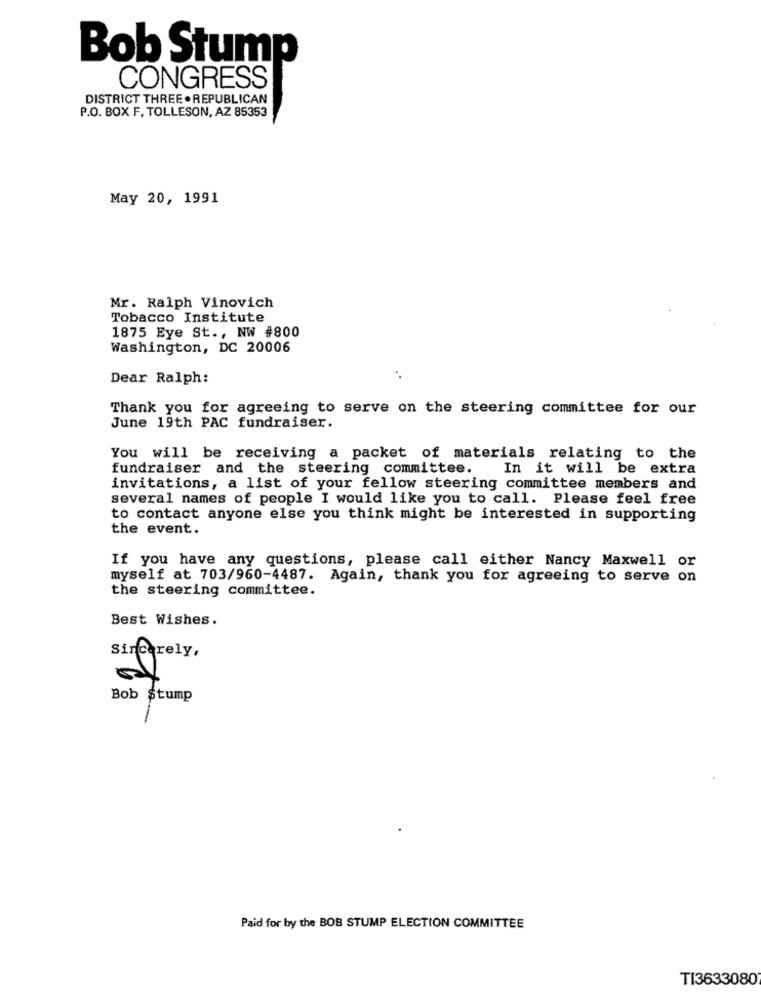
Bob Stump
CONGRESS
DISTRICT THREE . REPUBLICAN
P.O. BOX F. TOLLESON, AZ 85353
May 20, 1991
Mr. Ralph Vinovich
Tobacco Institute
1875 Eye St ., NW #800
Washington, DC 20006
Dear Ralph:
Thank you for agreeing to serve on the steering committee for our
June 19th PAC fundraiser.
You will be receiving a packet of materials relating to the
fundraiser and the steering committee.
In it will be extra
invitations, a list of your fellow steering committee members and
several names of people I would like you to call. Please feel free
to contact anyone else you think might be interested in supporting
the event.
If you have any questions, please call either Nancy Maxwell or
myself at 703/960-4487. Again, thank you for agreeing to serve on
the steering committee.
Best Wishes.
Sincerely,
Bob Stump
Paid for by the BOS STUMP ELECTION COMMITTEE
TI3633080